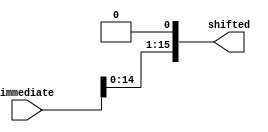
module shifter(input[15:0]immediate,output[15:0] shifted);
  assign shifted = immediate << 1;
endmodule


module jumpShifter(input[11:0]immediate,input[2:0] pc,output[15:0] shifted);
  assign shifted = {pc,immediate<<1};
endmodule